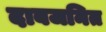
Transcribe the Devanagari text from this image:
दाबजनित